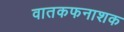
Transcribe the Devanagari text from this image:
वातकफनाशक